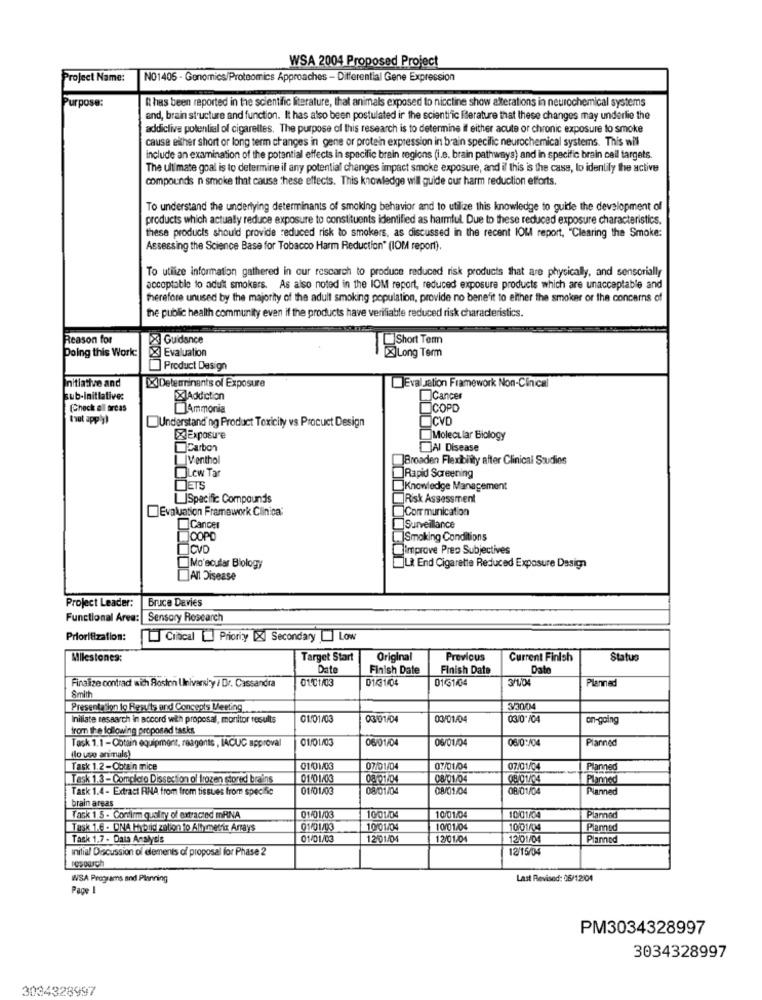
WSA 2004 Proposed Project
Project Name:
NO1405 - Genomics/Proteomics Approaches - Differential Gene Expression
Purpose:
It has been reported in the scientific literature, that animals exposed to nicctine show alterations in neurochemical systems
and, brain structure and function. It has also been postulated ir the scientific literature that these changes may underlie the
addictive potential of cigarettes. The purpose of this research is to determine if either acute or chronic exposure to smoke
cause either short or long term changes in gene or protein expression in brain specific neurochemical systems. This wil
Include an examination of the potential effects in specific brain regions (i.e. brain pathways) and in specific brain cell targets.
The ultimate goal is to determine il any potential changes impact smoke exposure, and il this is the cass, lo idenlily the active
compounds n smoke that cause these effects. This knowledge will guide our harm reduction efforts.
To understand the underlying determinants of smoking behavior and to utilize this knowledge to guide the development of
products which actually reduce exposure to constituents identified as harmful. Due to these reduced exposure characteristics.
these products should provide reduced risk to smokers, as discussed in the recent IOM report, "Clearing the Smoke:
Assessing the Science Base for Tobacco Harm Reduction" (IOM report).
To utilize information gathered in our rescarch to produce reduced risk products that are physically, and sensorially
acceptable to adult smokers. As also noted in the IOM report, reduced exposure products which are unacceptable and
therefore unused by the majority of the adult smoking population, provide no benefit to either the smoker or the concerns of
the public health community even if the products have verifiable reduced risk characteristics.
Reason for
X Guidance
Short Term
Doing this Work:
Evaluation
XJLong Term
Product Design
Initiative and
Evaluation Framework Non-Clinical
XDeterminants of Exposure
sub-initiative:
XlAddiction
Cancer
(Check all areas
Ammonia
COPD
tout apply
CVD
Understanding Product Toxicity vs Procuct Design
Exposure
Molecular Biology
Carbon
Al Disease
IVenthol
Broaden Flexibility after Clinical Studios
Lew Tar
]Rapid Screening
JETS
Knowledge Management
LJSpecific Compounds
Risk Assessment
Evaluation Framework Clinica:
Corr munication
Cancer
Surveilance
JOOPD
Smoking Conditions
improve Prep Subjectives
Mo'scuter Biology
LR End Cigarette Reduced Exposure Design
All Disease
Project Leader:
Bruce Davies
Functional Area:
Sensory Research
Prioritization:
Clinical [ Prioriy [X] Secondary [] Low
Milestones:
Target Start
Original
Previous
Current Finish
Status
Date
Finish Date
Finish Date
Date
01/31/04
0131/04
Planned
Finalize contrad sich Boston University / Dr. Cassandra
Smith
Presentation lo Results and Concepts Meeting
330/04
Inillate research in accord with proposal, monitor results
01/01/03
03/01/04
03/01/04
03/10 /04
on-going
from the following proposad tasks
Task 1.1 -Cotain equipment, reagents , IACUC approval
01/01/03
06/01/04
06/01/04
06/02/04
Planned
(lo uso animals)
Task 1.2-Obtain mice
01/01/03
07/01/04
07/01/04
07/01/04
Planned
Task 1.3 - Completo Dissection ol frozen stored brains
01/01/03
08/01/04
08/01/04
Planned
Task 1.4 - Extract RINA from from tissues from specific
01/01/03
08/01/04
08/01/04
08/01/04
Planned
brain areas
Task 1.5 - Confirm quality of extracted mRNA
01/01/03
10/01/04
10/01/04
Plannoc
Task 1.6 . ONA Hybrid zation to All metrix Arrays
01/01/03
1001/0
10/01/04
10/01/04
Planned
Task 1.7 - Data Analysis
01/01/03
12/01/04
12/01/04
12/01/04
Planned
Initial Discussion of elements of proposal for Phase 2
12/15/04
WSA Programs and Planning
Last Revised: 06/12/04
Page 1
PM3034328997
3034328997
3034328997